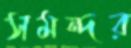
সমন্দর